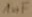
Text: 1µF